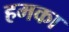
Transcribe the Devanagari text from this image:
हमका